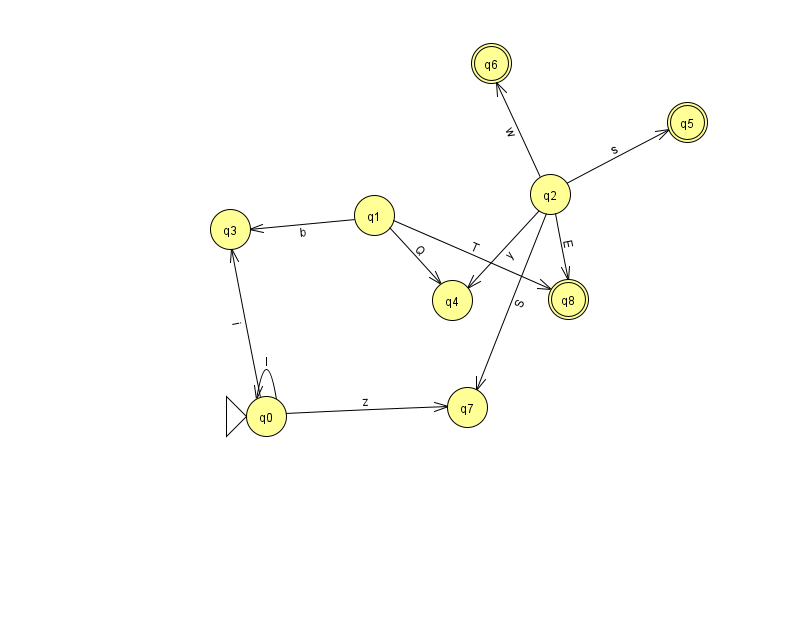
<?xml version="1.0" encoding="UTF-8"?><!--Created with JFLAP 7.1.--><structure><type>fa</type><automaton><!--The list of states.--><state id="0" name="q0"><x>266.0</x><y>403.0</y><initial/></state><state id="1" name="q1"><x>374.0</x><y>202.0</y></state><state id="2" name="q2"><x>550.0</x><y>181.0</y></state><state id="3" name="q3"><x>230.0</x><y>216.0</y></state><state id="4" name="q4"><x>452.0</x><y>287.0</y></state><state id="5" name="q5"><x>687.0</x><y>109.0</y><final/></state><state id="6" name="q6"><x>491.0</x><y>50.0</y><final/></state><state id="7" name="q7"><x>467.0</x><y>394.0</y></state><state id="8" name="q8"><x>568.0</x><y>286.0</y><final/></state><!--The list of transitions.--><transition><from>1</from><to>4</to><read>Q</read></transition><transition><from>1</from><to>3</to><read>b</read></transition><transition><from>2</from><to>5</to><read>s</read></transition><transition><from>0</from><to>7</to><read>z</read></transition><transition><from>0</from><to>0</to><read>I</read></transition><transition><from>0</from><to>3</to><read>i</read></transition><transition><from>2</from><to>8</to><read>E</read></transition><transition><from>2</from><to>7</to><read>S</read></transition><transition><from>2</from><to>4</to><read>y</read></transition><transition><from>1</from><to>8</to><read>T</read></transition><transition><from>2</from><to>6</to><read>w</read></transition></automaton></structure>